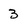
Character: 3